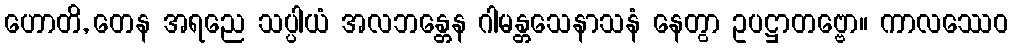
ဟောတိ, တေန အရညေ သပ္ပါယံ အလဘန္တေန ဂါမန္တသေနာသနံ နေတွာ ဥပဋ္ဌာတဗ္ဗော။ ကာလဿေဝ